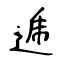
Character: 逓